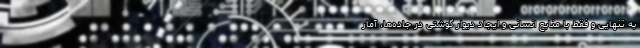
به تنهایی و فقط با منابع انسانی و ایجاد دیوار گوشتی در جاده‌ها، آمار